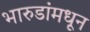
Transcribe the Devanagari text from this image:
भारुडांमधून